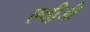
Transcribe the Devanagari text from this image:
एव्ही़जी